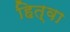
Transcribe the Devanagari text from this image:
हित्वा